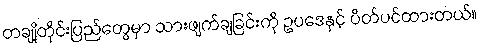
တချို့တိုင်းပြည်တွေမှာ သားဖျက်ချခြင်းကို ဥပဒေနှင့် ပိတ်ပင်ထားတယ်။